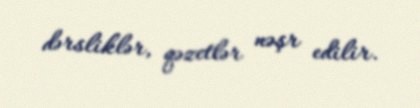
dərsliklər, qəzetlər nəşr edilir.